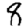
Digit: 9